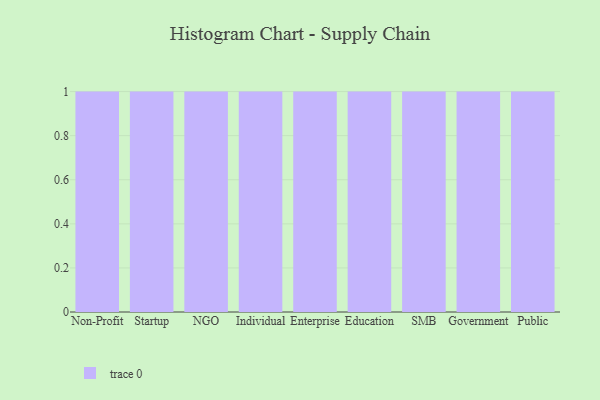
{"axis": {"x": "Segment", "y": "Demand Index"}, "legend": [""], "data": [{"x": "Non-Profit", "y": 63, "type": ""}, {"x": "Startup", "y": 100, "type": ""}, {"x": "NGO", "y": 71, "type": ""}, {"x": "Individual", "y": 74, "type": ""}, {"x": "Enterprise", "y": 97, "type": ""}, {"x": "Education", "y": 21, "type": ""}, {"x": "SMB", "y": 14, "type": ""}, {"x": "Government", "y": 6, "type": ""}, {"x": "Public", "y": 28, "type": ""}]}